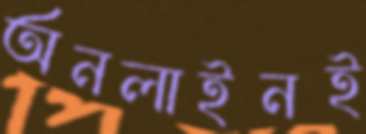
অনলাইনই